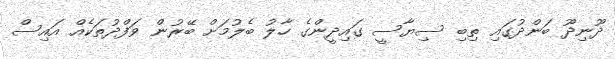
ދޫނިދޫ ބަންދުގައި ތިބި ސިޔާސީ ގައިދީންގެ ހާލު ބެލުމަށް ބޭރުން ވަފްދުތަކެއް އައިސް